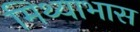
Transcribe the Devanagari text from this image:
मिथ्याभास